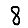
Digit: 8